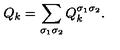
Q _ { k } = \sum _ { \sigma _ { 1 } \sigma _ { 2 } } Q _ { k } ^ { \sigma _ { 1 } \sigma _ { 2 } } .